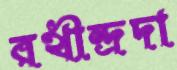
রথীন্দ্রদা